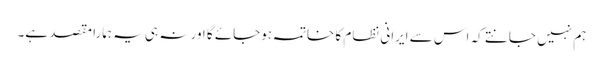
ہم نہیں جانتے کہ اس سے ایرانی نظام کا خاتمہ ہوجائے گا اور نہ ہی یہ ہمارا مقصد ہے۔